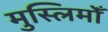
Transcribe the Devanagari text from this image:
मुस्लिमोँ